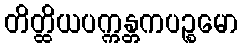
တိတ္ထိယပက္ကန္တကပဉ္စမော